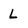
Character: l